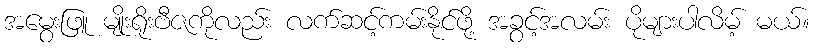
အမွေးဖြူ မျိုးရိုးဗီဇကိုလည်း လက်ဆင့်ကမ်းနိုင်ဖို့ အခွင့်အလမ်း ပိုများပါလိမ့် မယ်။